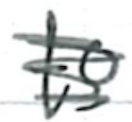
Text: to
Cross-out: scratch
Writing tool: ballpoint